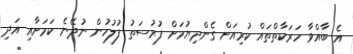
އެ ބާއްވާ ހަރަކާތްތައް ކުރިއަށް ގެންދިޔުމަށް ފުރުސަތު ފުލުހުން ނުދޭނެ ކަމަށާއި އަދި